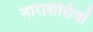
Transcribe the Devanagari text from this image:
नाराशंसियों